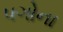
પગોના